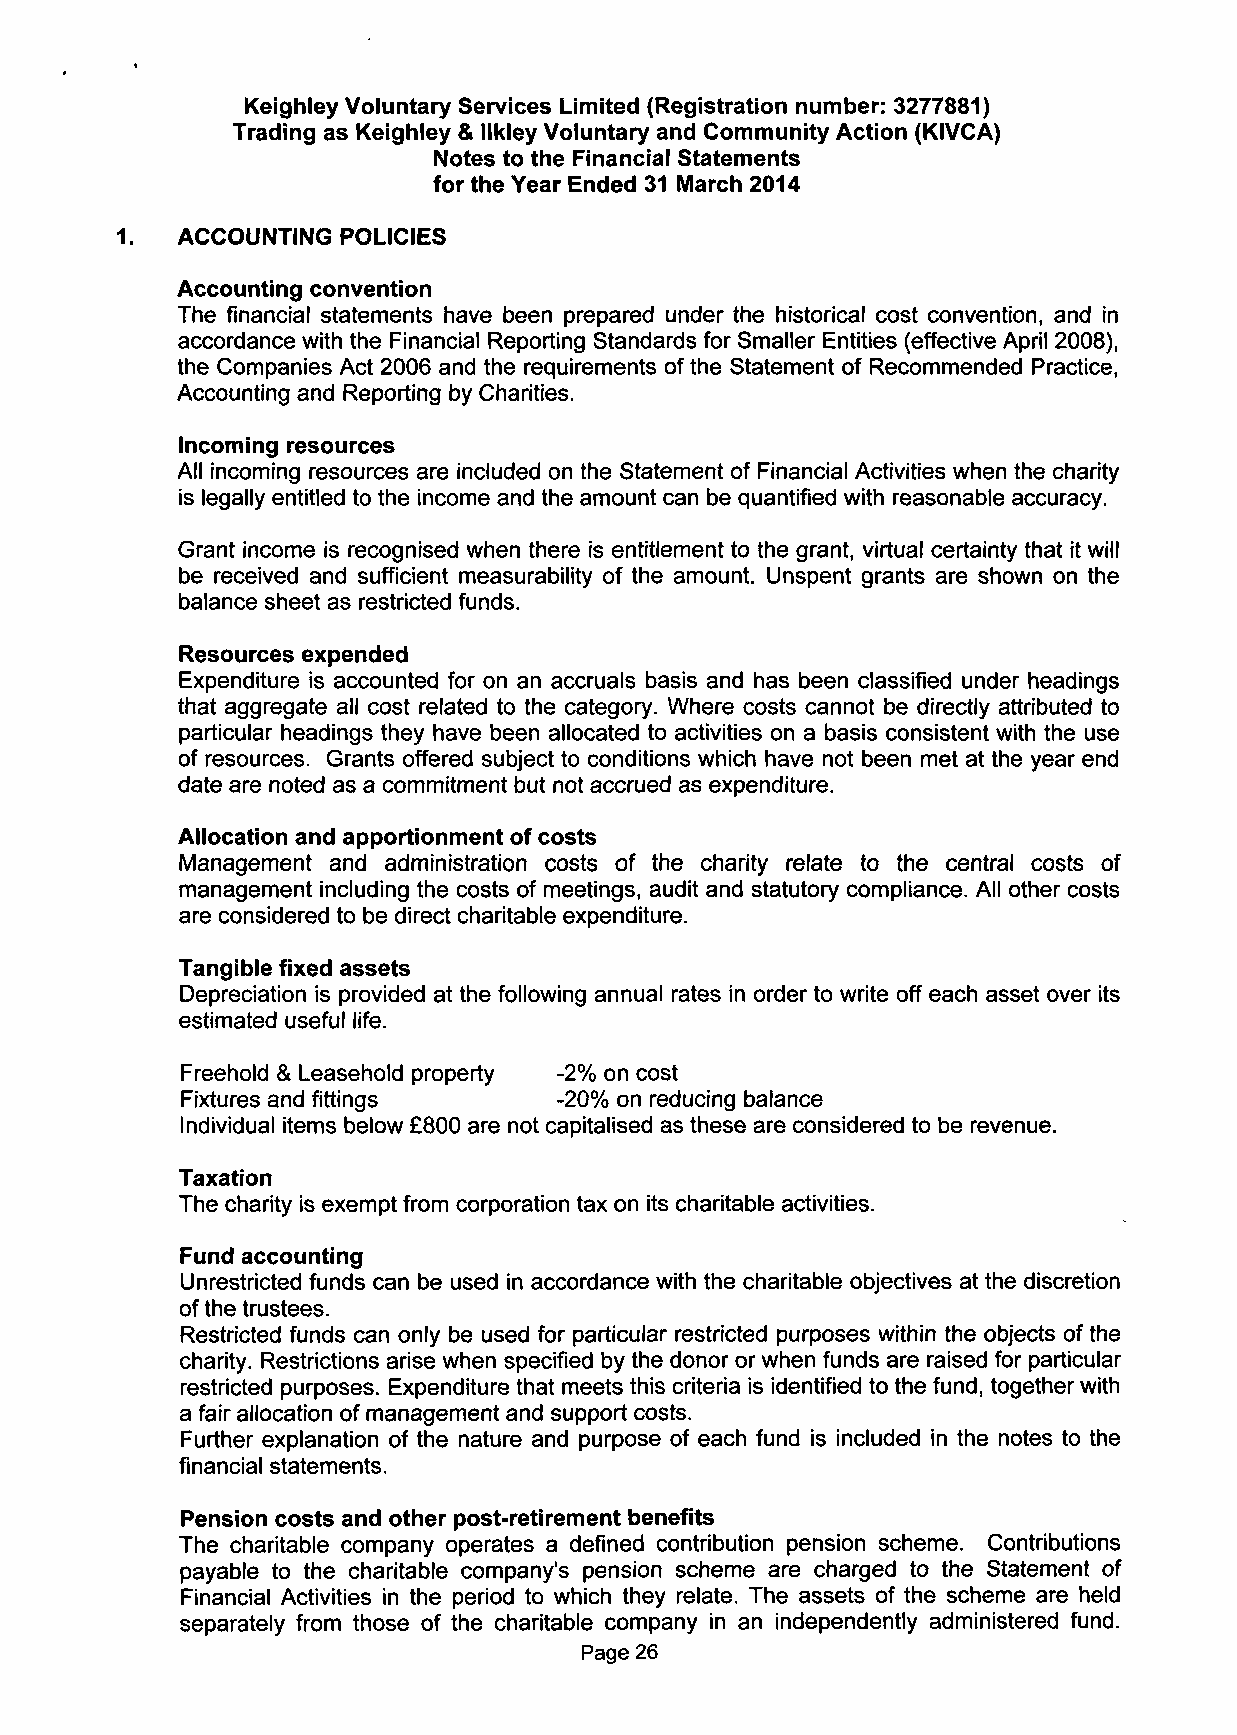
Keighley Voluntary Services Limited (Registration number: 3277881)
 Trading as Keighley & llkley Voluntary and Community Action (KIVCA)
 Notes to the Financial Statements
 for the Year Ended 31 March 2014
 1.  ACCOUNTING POLICIES
 Accounting convention
 The financial statements have been prepared under the historical cost convention, and in
 accordance with the Financial Reporting Standards for Smaller Entities (effective April 2008),
 the Companies Act 2006 and the requirements of the Statement of Recommended Practice,
 Accounting and Reporting by Charities.
 Incoming resources
 All incoming resources are included on the Statement of Financial Activities when the charity
 is legally entitled to the income and the amount can be quantified with reasonable accuracy.
 Grant income is recognised when there is entitlement to the grant, virtual certainty that it will
 be received and sufficient measurability of the amount. Unspent grants are shown on the
 balance sheet as restricted funds.
 Resources expended
 Expenditure is accounted for on an accruals basis and has been classified under headings
 that aggregate all cost related to the category. Where costs cannot be directly attributed to
 particular headings they have been allocated to activities on a basis consistent with the use
 of resources. Grants offered subject to conditions which have not been met at the year end
 date are noted as a commitment but not accrued as expenditure.
 Allocation and apportionment of costs
 Management and administration costs of the charity relate to the central costs of
 management including the costs of meetings, audit and statutory compliance. All other costs
 are considered to be direct charitable expenditure.
 Tangible fixed assets
 Depreciation is provided at the following annual rates in order to write off each asset over its
 estimated useful life.
 Freehold & Leasehold property -2% on cost
 Fixtures and fittings    -20% on reducing balance
 Individual items below £800 are not capitalised as these are considered to be revenue.
 Taxation
 The charity is exempt from corporation tax on its charitable activities.
 Fund accounting
 Unrestricted funds can be used in accordance with the charitable objectives at the discretion
 of the trustees.
 Restricted funds can only be used for particular restricted purposes within the objects of the
 charity. Restrictions arise when specified by the donor or when funds are raised for particular
 restricted purposes. Expenditure that meets this criteria is identified to the fund, together with
 a fair allocation of management and support costs.
 Further explanation of the nature and purpose of each fund is included in the notes to the
 financial statements.
 Pension costs and other post-retirement benefits
 The charitable company operates a defined contribution pension scheme. Contributions
 payable to the charitable company's pension scheme are charged to the Statement of
 Financial Activities in the period to which they relate. The assets of the scheme are held
 separately from those of the charitable company in an independently administered fund.
 Page 26